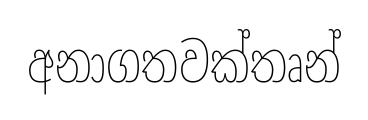
අනාගතවක්තෘන්